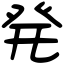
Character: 発